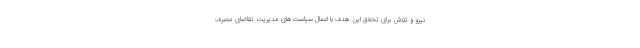
نیرو و تلاش برای تحقق این هدف با اعمال سیاست‌های مدیریت تقاضای مصرف